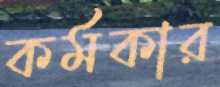
কর্মকার